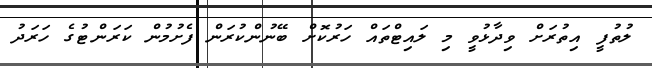
ލުތުފީ އިތުރަށް ވިދާޅުވީ މި ލައިޓްތައް ހަރުކޮށް ބޭނުންކުރަން ފެށުމުން ކަރަންޓުގެ ހަރަދު